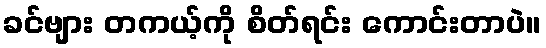
ခင်ဗျား တကယ့်ကို စိတ်ရင်း ကောင်းတာပဲ။